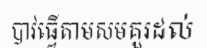
បាវធ្វើតាមសមគួរដល់